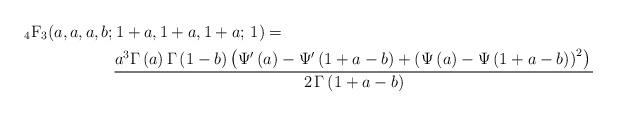
LaTeX: \begin{align*}\displaystyle \mbox{$_4$F$_3$}(a,a,a,b;&\,1+a,1+a,1+a;\,1)=\\ &\frac {{a}^{3}\Gamma \left( a \right) \Gamma \left( 1-b \right) \left( \Psi^{\prime} \left(a \right) -\Psi^{\prime} \left( 1+a-b \right) + \left( \Psi \left( a \right) -\Psi \left( 1+a-b \right) \right) ^{2} \right) \mbox{}}{2\,\Gamma \left( 1+a-b \right) }\end{align*}